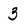
Character: 3